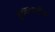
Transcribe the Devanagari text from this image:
हृदकपाटीय